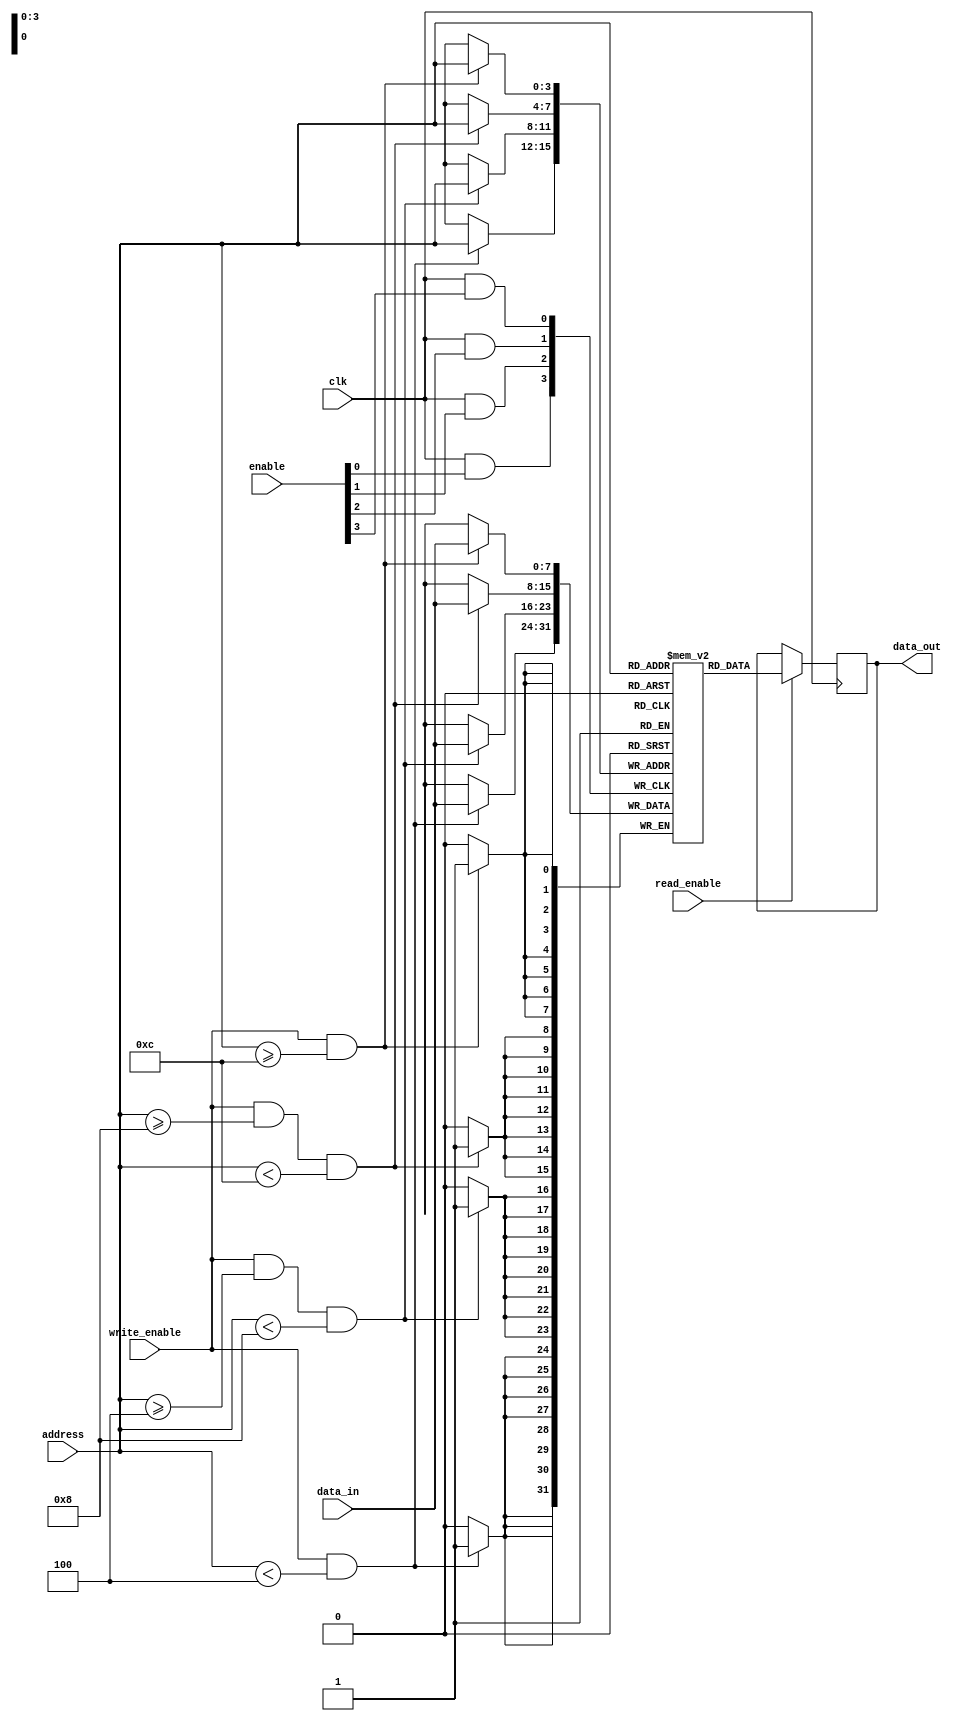
module memory_block (
    input wire clk,                // Main clock signal
    input wire [3:0] enable,       // Enable signals for different segments (4 segments in this example)
    input wire [7:0] data_in,      // Data input for write operations
    output reg [7:0] data_out,     // Data output for read operations
    input wire [3:0] address,       // Address for memory access
    input wire read_enable,         // Read enable signal
    input wire write_enable         // Write enable signal
);

    // Memory array
    reg [7:0] memory_array [0:15]; // 16x8 memory block

    // Gated clock signals for different segments
    wire gated_clk_segment_0;
    wire gated_clk_segment_1;
    wire gated_clk_segment_2;
    wire gated_clk_segment_3;

    // Clock gating logic
    assign gated_clk_segment_0 = clk & enable[0];
    assign gated_clk_segment_1 = clk & enable[1];
    assign gated_clk_segment_2 = clk & enable[2];
    assign gated_clk_segment_3 = clk & enable[3];

    // Memory operations
    always @(posedge gated_clk_segment_0) begin
        if (write_enable && (address < 4'd4)) begin
            memory_array[address] <= data_in; // Write to memory segment 0
        end
    end

    always @(posedge gated_clk_segment_1) begin
        if (write_enable && (address >= 4'd4) && (address < 4'd8)) begin
            memory_array[address] <= data_in; // Write to memory segment 1
        end
    end

    always @(posedge gated_clk_segment_2) begin
        if (write_enable && (address >= 4'd8) && (address < 4'd12)) begin
            memory_array[address] <= data_in; // Write to memory segment 2
        end
    end

    always @(posedge gated_clk_segment_3) begin
        if (write_enable && (address >= 4'd12)) begin
            memory_array[address] <= data_in; // Write to memory segment 3
        end
    end

    // Read operation, output data based on address
    always @(posedge clk) begin
        if (read_enable) begin
            data_out <= memory_array[address]; // Read from memory
        end
    end

endmodule